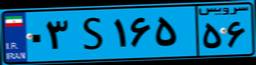
۱۰S۵۱۹۶۷